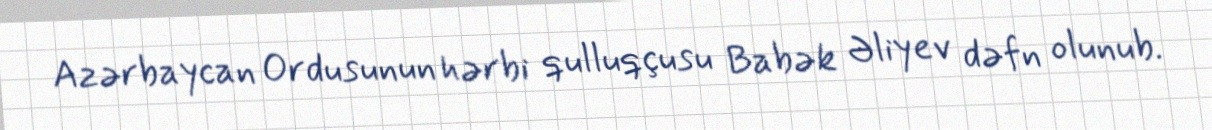
Azərbaycan Ordusunun hərbi qulluqçusu Babək Əliyev dəfn olunub.